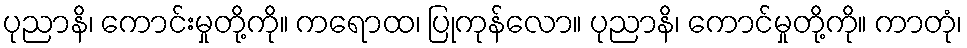
ပုညာနိ၊ ကောင်းမှုတို့ကို။ ကရောထ၊ ပြုကုန်လော။ ပုညာနိ၊ ကောင်မှုတို့ကို။ ကာတုံ၊